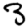
Digit: 3